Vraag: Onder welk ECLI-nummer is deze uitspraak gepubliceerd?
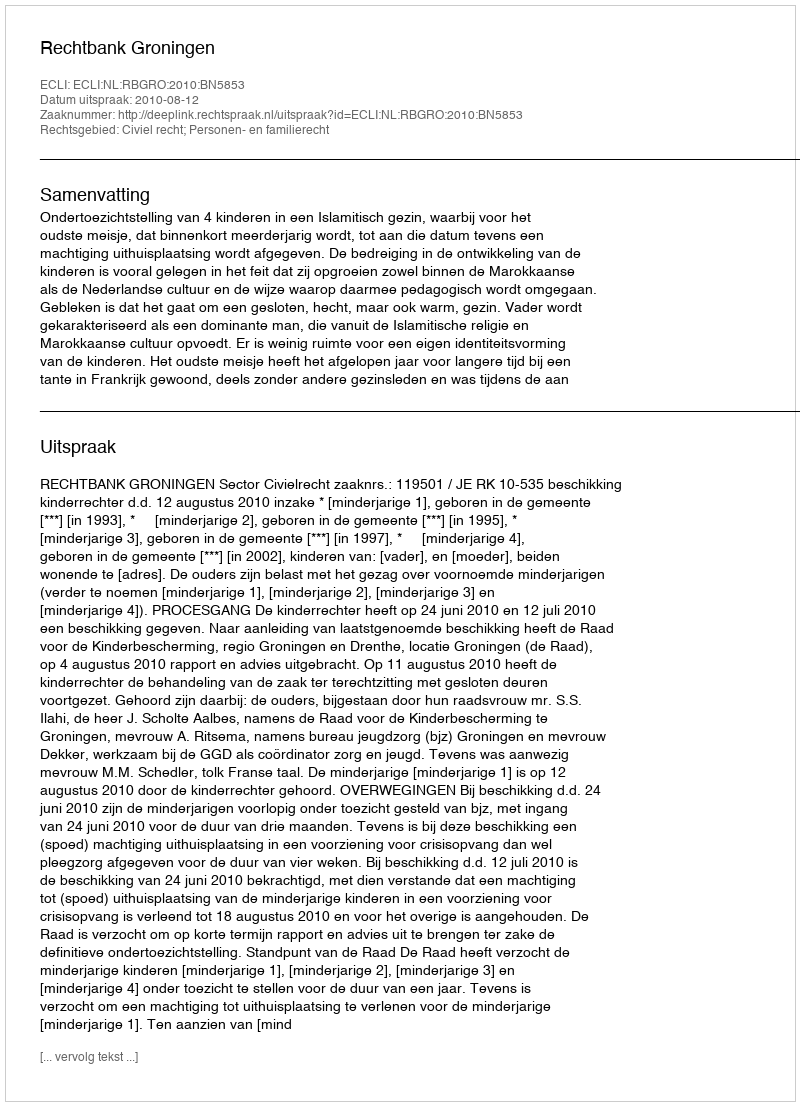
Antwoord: ECLI:NL:RBGRO:2010:BN5853